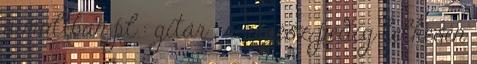
a múltban pl.: gitár , a régész pedig lelkesen